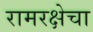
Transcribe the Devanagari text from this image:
रामरक्षेचा